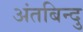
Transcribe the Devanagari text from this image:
अंतबिन्दु